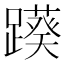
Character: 𨆠